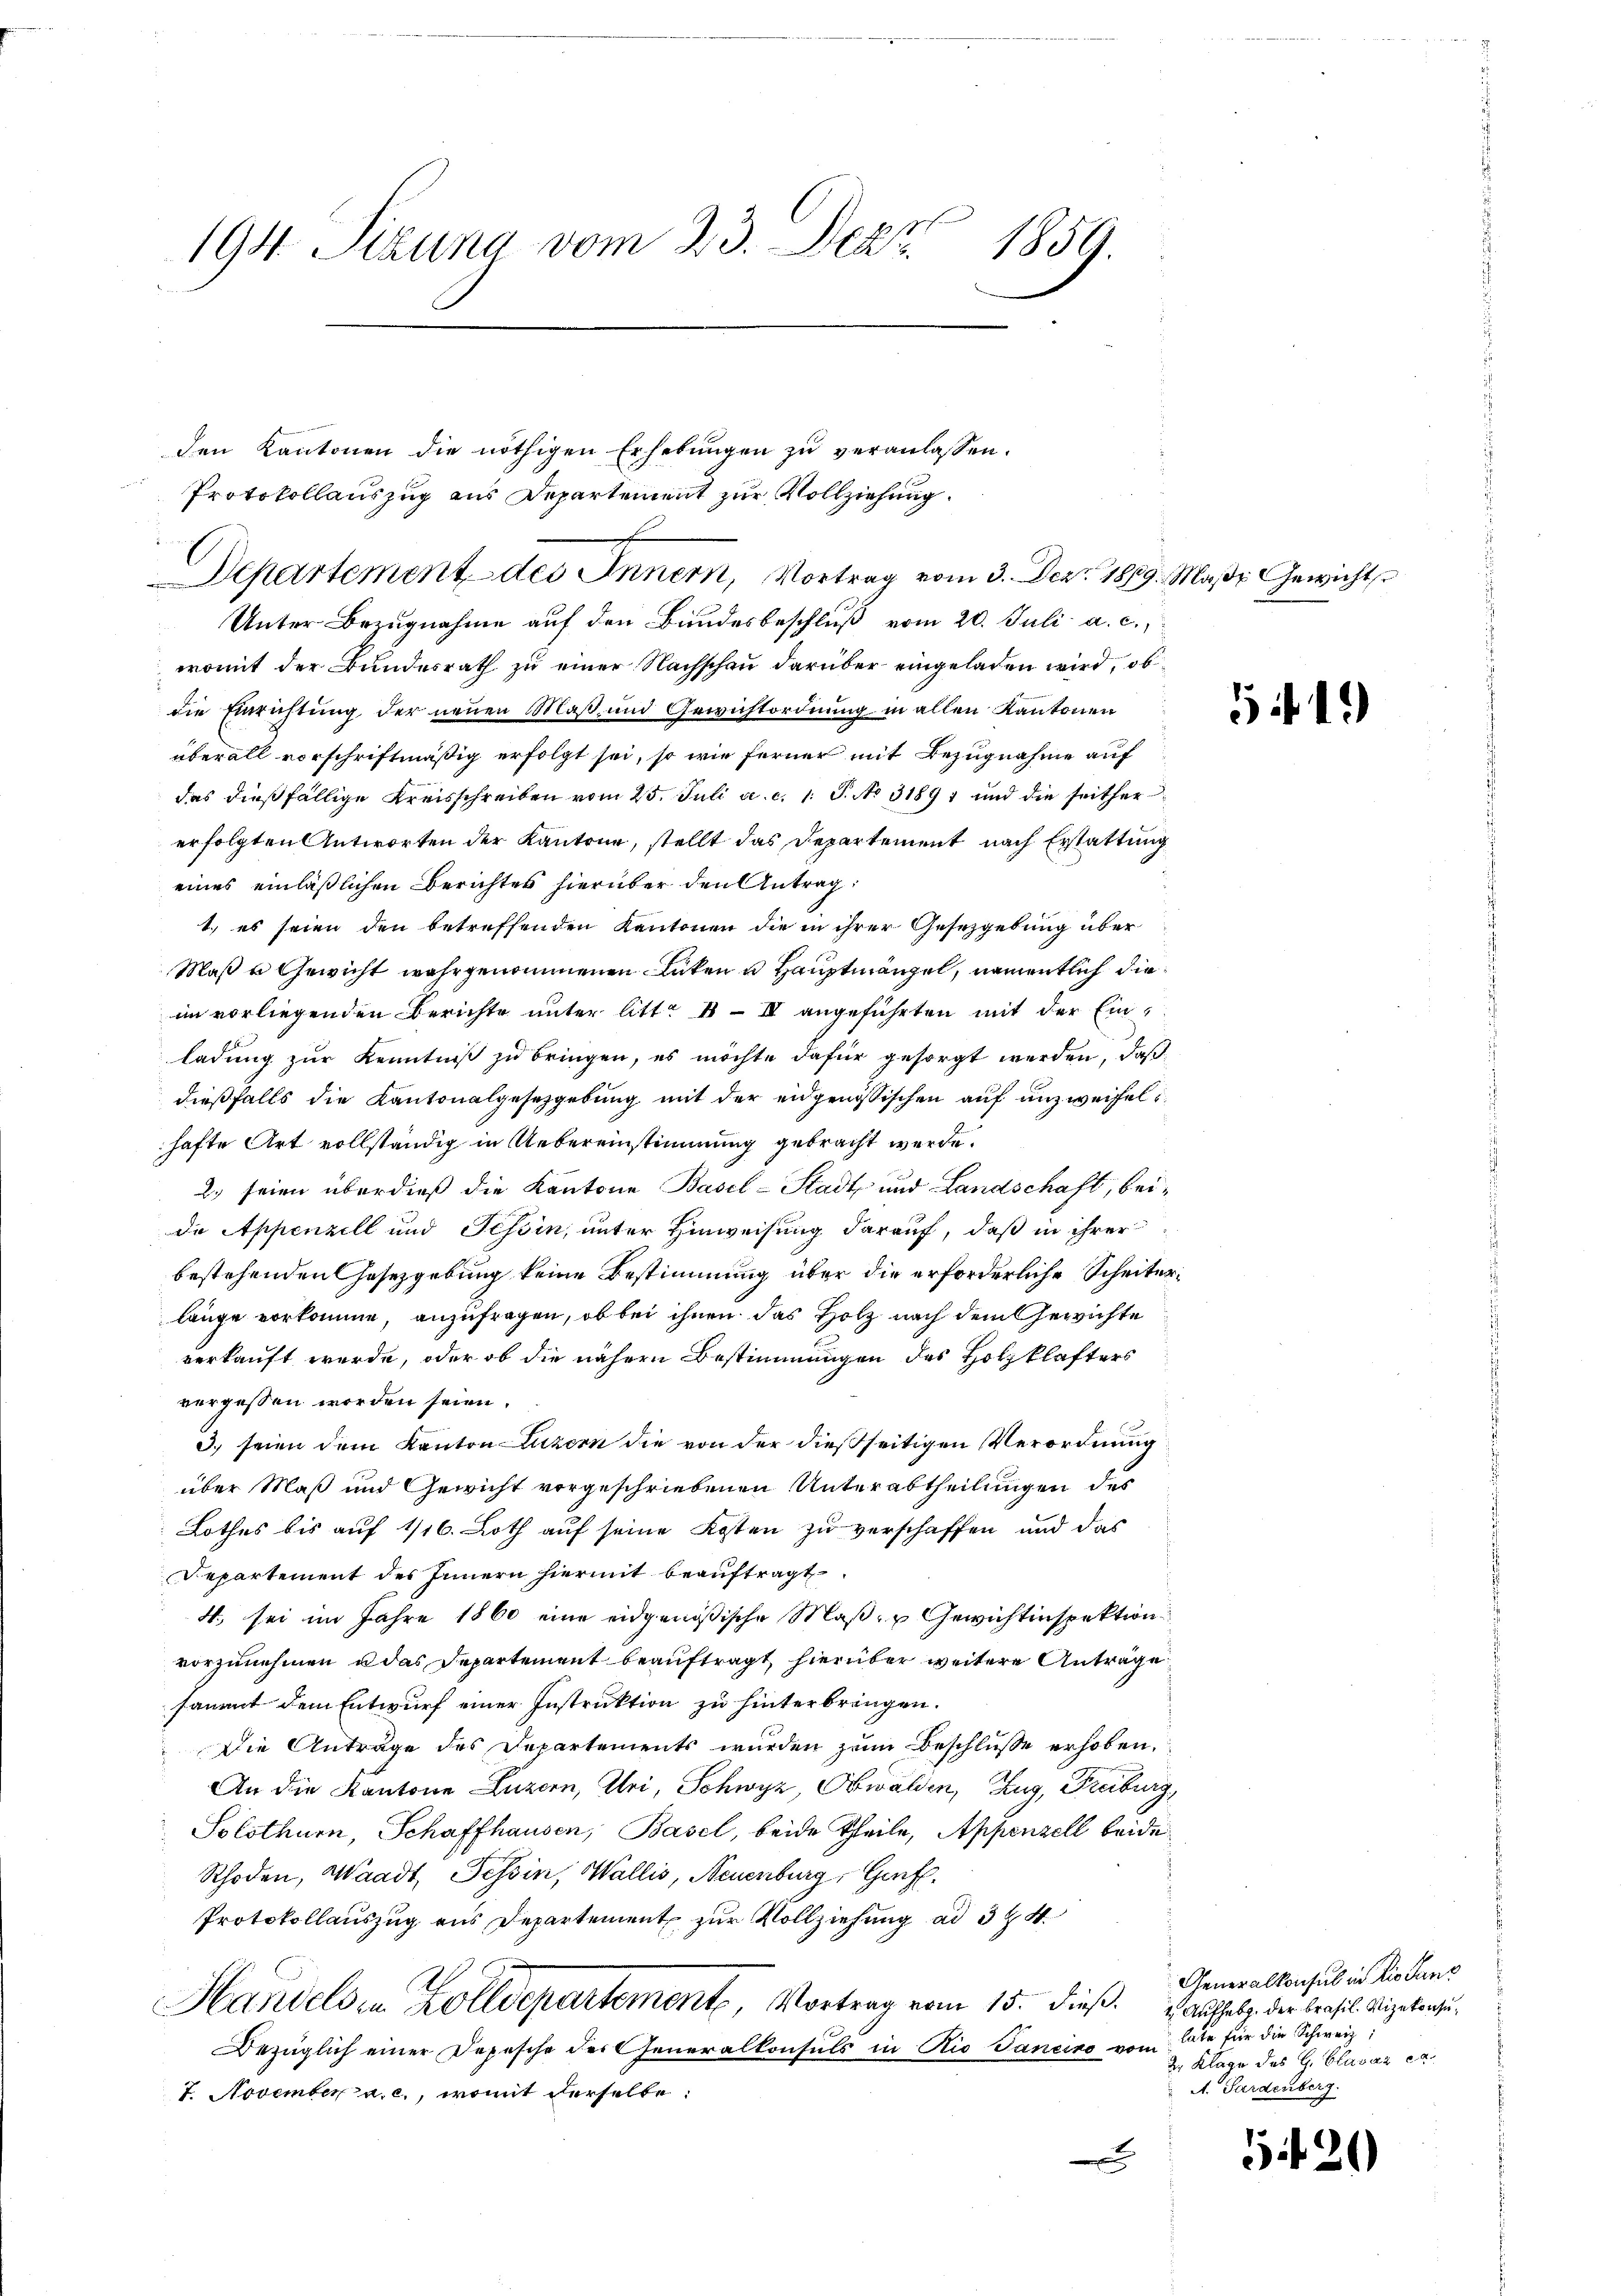
194. Sizung vom 23. Dez. 1859.

den Kantonen die nöthigen Erhebungen zu veranlassen.
Protokollauszug aus Departement zur Vollziehung.
Unter Bezugnahme auf den Bundesbeschluß vom 20. Juli a. c.
womit der Bundesrath zu einer Nachschau darüber eingeladen wird, ob
die Einrichtung der neuen Maß- und Gewichtordnung in allen Kantonen
überall vorschriftmäßig erfolgt sei, so wie ferner mit Bezugnahme auf
das dießfällige Kreisschreiben vom 25. Juli a. c. 1. J. No 31891 und die seither
erfolgten Antworten der Kantone, stellt das Departement nach Erstattung
eines einläßlichen Berichtes hierüber den Antrag
1.) es seien den betreffenden Kantonen die in ihrer Gesetzgebung über
Maß u Gewicht wahrgenommenen Lücken u Hauptmängel, namentlich diein vorliegenden Berichte unter litt. III angeführten mit der Einladung zur Kenntniß zu bringen, es möchte dafür gesorgt werden, daß
dießfalls die Kantonalgesetzgebung mit der eidgenössischen auf unzweifel i
hafte Art vollständig in Uebereinstimmung gebracht werde.
2.) seien überdieß die Kantone Basel-Stadt und Landschaft, beidie Appenzell und Tessin, unter Hinweisung darauf, daß in ihrer
bestehenden Gesetzgebung keine Bestimmung über die erforderliche Scheiterlänge vorkomme, anzufragen, ob bei ihnen das Holz nach dem Gewichte
verkauft werde, oder ob die nähern Bestimmungen des Holzklafters
vorgessen worden seien.
3. seien dem Kanton Luzern die von der dießseitigen Verordnung
über Maß und Gewicht vorgeschriebenen Unterabtheilungen des
Lothes bis auf 1/16. Loth auf seine Kosten zu verschaffen und das
Departement des Innern hiermit beauftragt
4. sei im Jahre 1860 eine eidgenößische Maß- u Gewichtinspektion
vorzunehmen u das Departement beauftragt, hierüber weitere Anträge
sammt dem Entwurf einer Instruktion zu hinterbringen.
Die Antrage des Departements wurden zum Beschlusse erhoben,
An die Kantone Luzern, Uri, Schwyz, Obwalden, Zug, Freiburg,
Solothurn, Schaffhausen, Basel, beide Theile, Appenzell beide
Rhoden, Waadt, Tessin, Wallis, Neuenburg, Genf.
Protokollauszug aus Departement zur Vollziehung ad 324
Handelden Zolldepartement, Vortrag vom 15. dieß. Autholz der Brasil. Vizekonsu¬
Bezüglich einer Depesche der Generalkonsuls in Rio Sancino vom Ate für die Schweiz,
7. November a. c., womit derselbe:
x

Departement des Innern, Vortrag vom 3. Dez. 1889 Maße Gewicht

5 f 1

Generalkonsul in Rio dans
2. Klage des G. Clavar ex
A. Gardenberg.

5420)